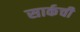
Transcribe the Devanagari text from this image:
सार्कची